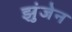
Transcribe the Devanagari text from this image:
झुंजेन